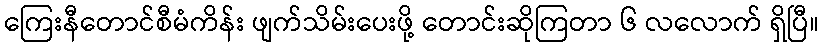
ကြေးနီတောင်စီမံကိန်း ဖျက်သိမ်းပေးဖို့ တောင်းဆိုကြတာ ၆ လလောက် ရှိပြီ။